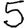
Digit: 5